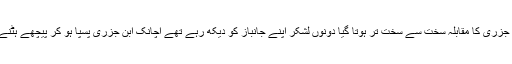
رومی نے کہا پھر تو تم برابر کے معزز آدمی ہو پس مسلمان لوٹ آئے اور رومی اور ابن جزری کا مقابلہ سخت سے سخت تر ہوتا گیا دونوں لشکر اپنے جانباز کو دیکھ رہے تھے اچانک ابن جزری پسپا ہو کر پیچھے ہٹنے لگے یہ دیکھ کر رومیوں نے خوشی سے شور مچا دیا اور مسلمان سخت غمزدہ ہوگئے ۔